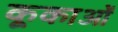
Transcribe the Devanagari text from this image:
कूकाओं